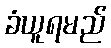
ခံယူရမည်